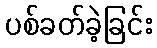
ပစ်ခတ်ခဲ့ခြင်း